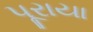
પૂરાયા